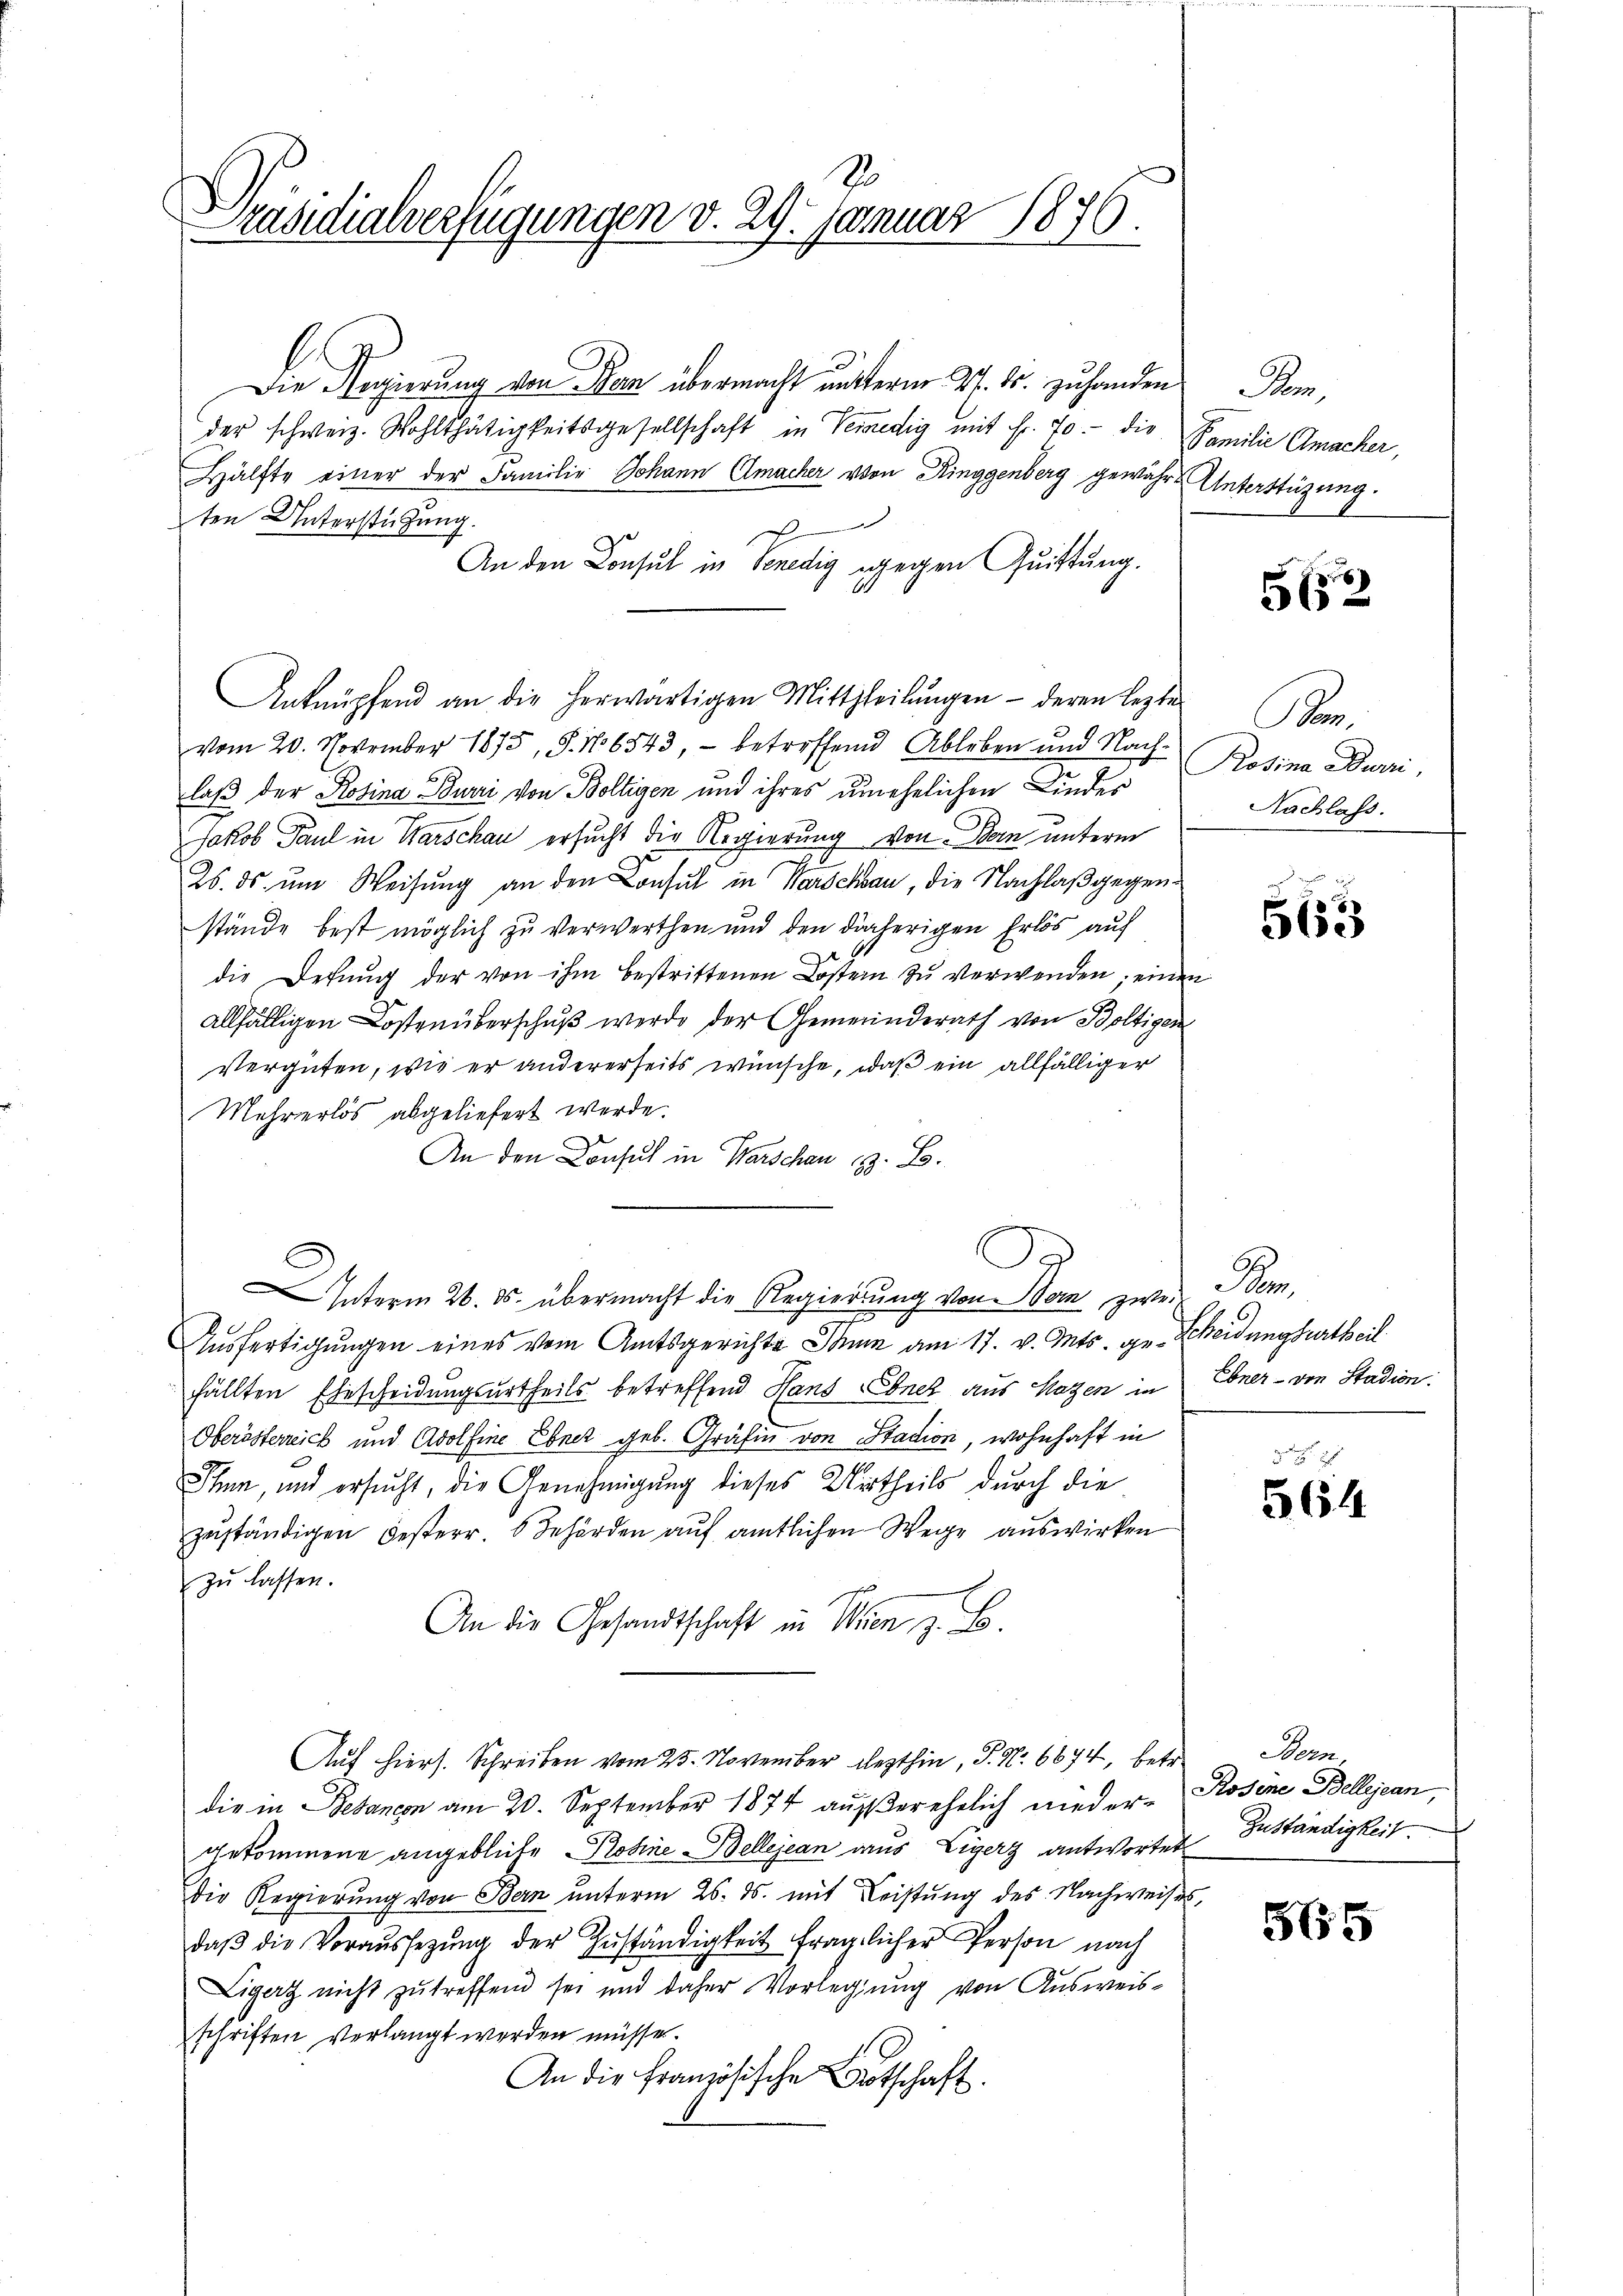
So
Präsidialverfügungen v. 29. Januar 1846.

Die Regierung von Bon übermacht unterm 27. ds. zuhanden Bem,
der schweiz. Wohlthätigkeitsgesellschaft in Venedig mit Fr. 70. die Familie Amacher,
Hälfte einer der Familie Johann macher von Ringgenberg gewährt Unterstüzung
ten Unterstüzung.
d
An den Consul in Venedig gegen Quittung.
Anknüpfend an die herwärtigen Mittheilŭngen - deren lezter
vom 20. November 1875, S. 16543, - betreffend Ableben und Nach Rosina Burri,
laß der Rosina Burri von Boltigen und ihres unehelichen Kinder
Jakob Paul in Warschau ersucht die Regierung von Bern unterm
26. ds. um Weisung an den Consul in Warschau, die Nachlaß gegenstände best möglich zu verwerthen und den daherigen Erlös auf
die Detŭng der von ihm bestrittenen Kostern zŭ verwenden; einen
allfälligen Kostenüberschuß werde der Gemeinderath von Boltigen
Vergüten, wie er andererseits wünsche, daß ein allfälliger
Mehrerlös abgeliefert werde.
An den Consul in Warschen z. B.
Interm 26. ds. übermacht die Regierdung von Wein zwei
Ausfertigungen eines vom Amtsgerichte Thun am 17. v. Mts. ge-Scheidungsurtheil
fällten Ehescheidungsurtheils betreffend Hans Ebner aus Magen in
Oberösterreich und Adolfine Ebnet geb. Gräfin von Stadion, wohnhaft in
Thum, und ersucht, die Genehmigung dieses Urtheils durch die
zŭständigen besterr. Behörden aŭf amtlichen Wege auswirken
zŭ lassen.
An die Gesandtschaft in Wien, z. B.
Auf hiers. Schreiben vom 25. November lezthin, P. Nr. 6674, betr.
die in Belancon am 20. September 1874 außerehelich nieder-Rosine Bellejean,
gekommene angebliebe Rosine Bellejean aus Ligerz antwortet
Die Regierŭng von Bern unterm 26. ds. mit Leistung des Nachweises
daβ die Voraussetzŭng der Zŭständigkeit fraglicher Person nach
Liger nicht zu treffend sei und daher Vorlegung von Ausweisschriften verlangt werden müsse.
An die Französische Botschaft.

D

5652

Kr.
Nachlass.

563

De
Ebner - von Stadion.

561

Bern.
Zuständigkeit.

565